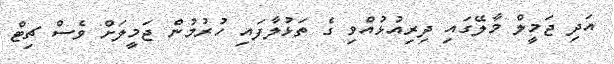
އަދި ޖަމީލް މާލޭގައި ދިރިއުޅުއްވި ގެ ތަޅުލާފައި ހުރުމުން ޖަމީލަށް ވެސް ޗިޓް